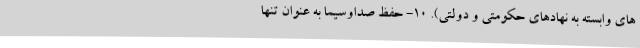
های وابسته به نهادهای حکومتی و دولتی). 10- حفظ صداوسیما به عنوان تنها